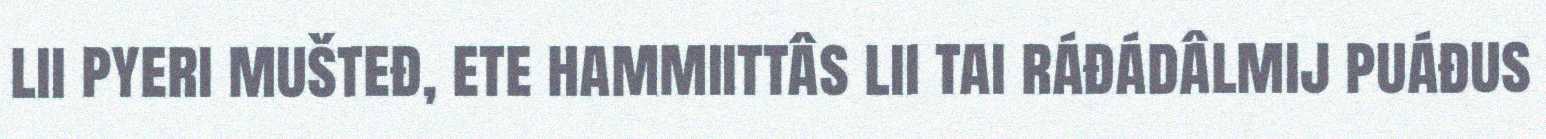
lii pyeri mušteđ, ete hammiittâs lii tai ráđádâlmij puáđus